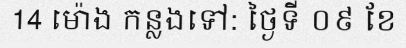
14 ម៉ោង កន្លងទៅ: ថ្ងៃទី ០៩ ខែ